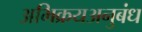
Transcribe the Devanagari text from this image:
अभिक्रयअनुबंध